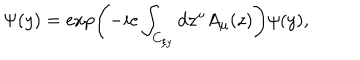
\Psi ( y ) = \exp \left( - i e \int _ { C _ { \xi y } } d z ^ { \mu } A _ { \mu } ( z ) \right) \psi ( y ) ,